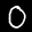
Label: 0